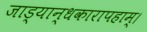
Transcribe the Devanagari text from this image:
जाड्यान्धकारापहाम्‌।